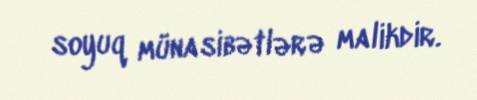
soyuq münasibətlərə malikdir.